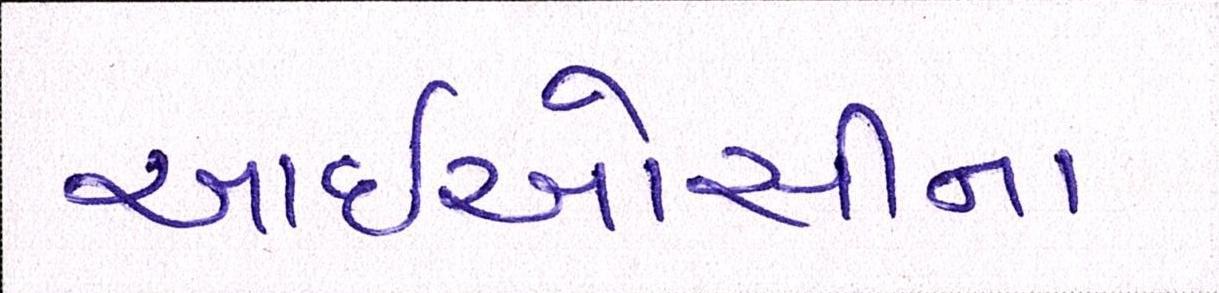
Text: આઈઓસીના